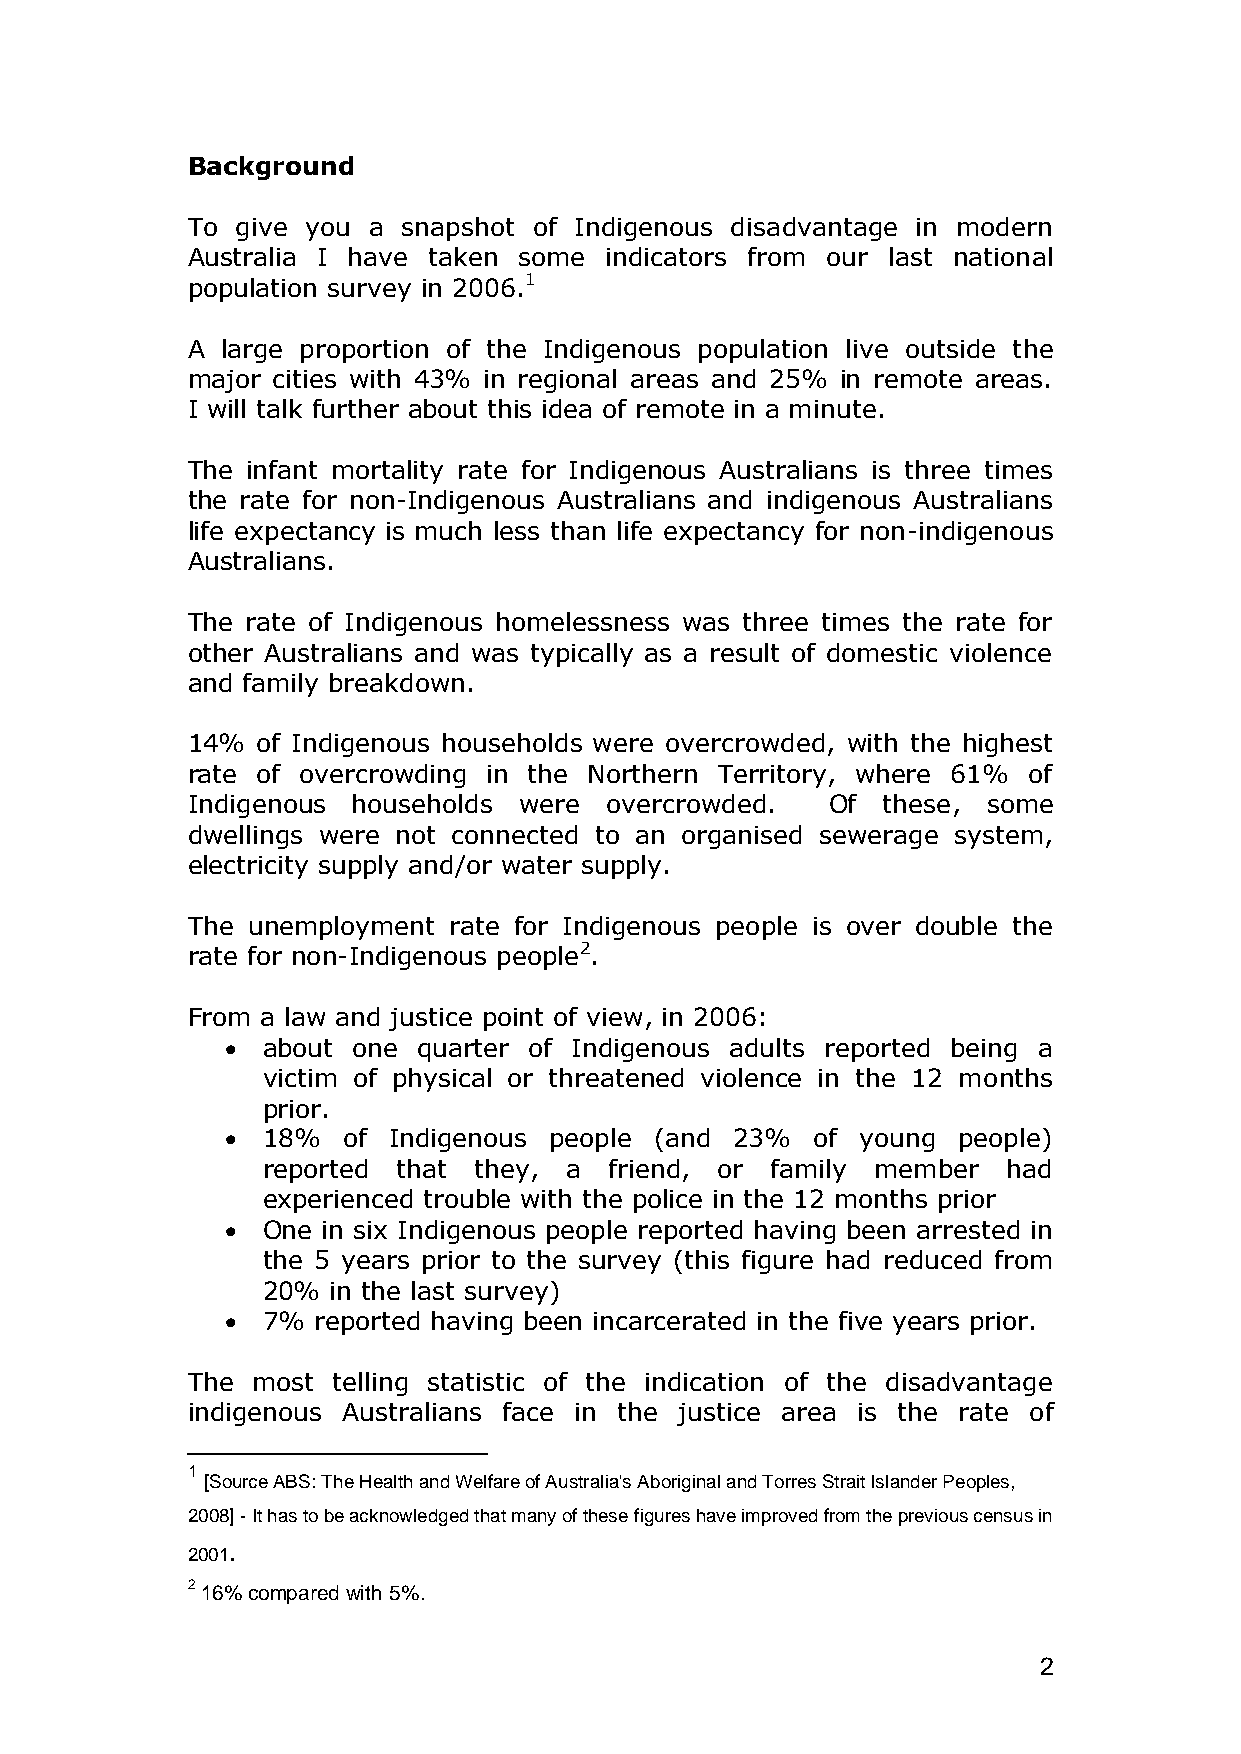
Background
 To  give you a snapshot of Indigenous disadvantage in modern
 Australia I have taken some indicators from our last national
 population survey in 2006.1
 A  large proportion of the Indigenous population live outside the
 major cities with 43% in regional areas and 25% in remote areas.
 I will talk further about this idea of remote in a minute.
 The infant mortality rate for Indigenous Australians is three times
 the rate for non-Indigenous Australians and indigenous Australians
 life expectancy is much less than life expectancy for non-indigenous
 Australians.
 The rate of Indigenous homelessness was three times the rate for
 other Australians and was typically as a result of domestic violence
 and family breakdown.
 14%  of Indigenous households were overcrowded, with the highest
 rate of overcrowding in the Northern Territory, where 61% of
 Indigenous households were  overcrowded.   Of these, some
 dwellings were not connected to an organised sewerage system,
 electricity supply and/or water supply.
 The unemployment  rate for Indigenous people is over double the
 rate for non-Indigenous people2.
 From a law and justice point of view, in 2006:
  about one  quarter of Indigenous adults reported being a
 victim of physical or threatened violence in the 12 months
 prior.
  18%   of Indigenous people (and 23%  of young people)
 reported that they,  a friend, or family member   had
 experienced trouble with the police in the 12 months prior
  One in six Indigenous people reported having been arrested in
 the 5 years prior to the survey (this figure had reduced from
 20%  in the last survey)
  7%  reported having been incarcerated in the five years prior.
 The  most telling statistic of the indication of the disadvantage
 indigenous Australians face in the justice area is the rate of
 1
 [Source ABS: The Health and Welfare of Australia's Aboriginal and Torres Strait Islander Peoples,
 2008] - It has to be acknowledged that many of these figures have improved from the previous census in
 2001.
 2 16% compared with 5%.
 2